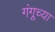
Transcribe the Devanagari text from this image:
गंगूच्या